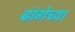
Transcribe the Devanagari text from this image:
ढांगेच्या